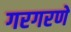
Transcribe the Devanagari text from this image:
गरगरणे